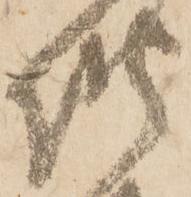
惶